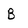
Character: B